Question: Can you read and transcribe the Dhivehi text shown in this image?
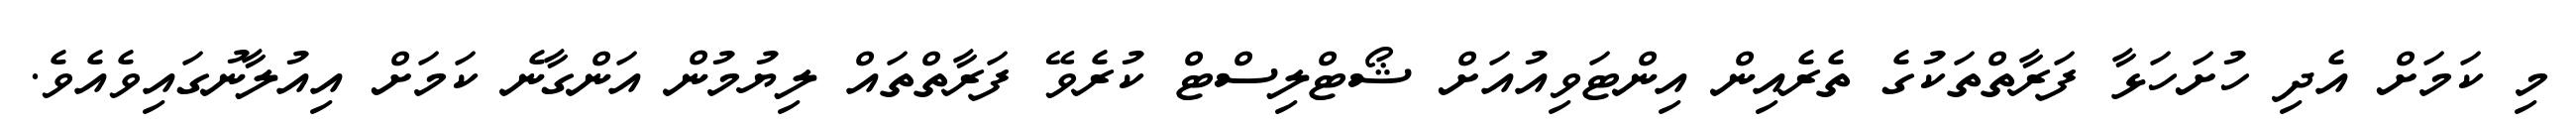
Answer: މި ކަމަށް އެދި ހުށަހަޅާ ފަރާތްތަކުގެ ތެރެއިން އިންޓަވިއުއަށް ޝޯޓްލިސްޓް ކުރެވޭ ފަރާތްތައް ލިޔުމުން އަންގާނެ ކަމަށް އިއުލާނުގައިވެއެވެ.